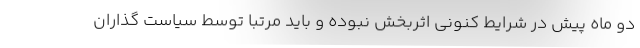
دو ماه پیش در شرایط کنونی اثربخش نبوده و باید مرتبا توسط سیاست گذاران